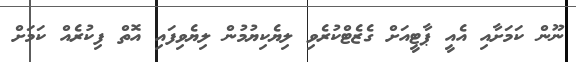
ނޫން ކަމަށާއި އެއީ ޕާޓީއަށް ގެޒެޓްކުރެވި ލިޔެކިޔުމުން ލިޔެވިފައި އޮތް ފިކުރެއް ކަމަށް